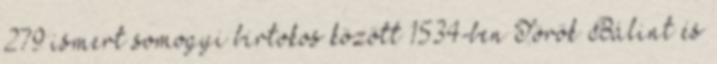
279 ismert somogyi birtokos között 1534-ben Török Bálint és